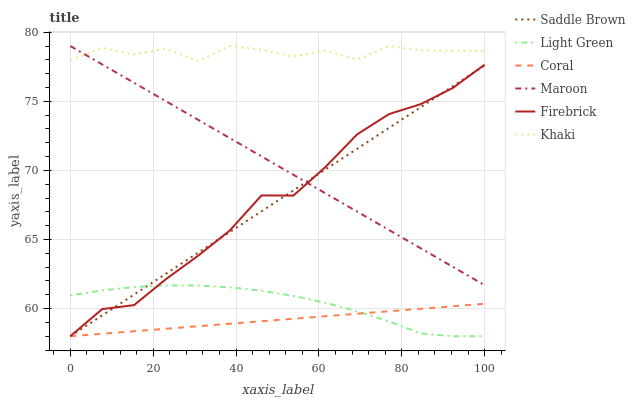
| xaxis_label | Saddle Brown | Light Green | Coral | Maroon | Firebrick | Khaki |
 | --- | --- | --- | --- | --- | --- | --- |
 | 0 | 58 | 61 | 58 | 79 | 58 | 78 |
 | 7.69 | 59.5 | 61.3 | 58.2 | 77.7 | 60 | 78.9 |
 | 15.4 | 61 | 61.6 | 58.4 | 76.3 | 60.3 | 78.4 |
 | 23.1 | 62.5 | 61.7 | 58.5 | 75 | 62.1 | 78.8 |
 | 30.8 | 64 | 61.7 | 58.7 | 73.7 | 63.8 | 77.9 |
 | 38.5 | 65.5 | 61.5 | 58.9 | 72.3 | 65.6 | 79 |
 | 46.2 | 67 | 61.3 | 59.1 | 71 | 68.2 | 78.7 |
 | 53.8 | 68.6 | 60.9 | 59.3 | 69.7 | 68.2 | 78.2 |
 | 61.5 | 70.1 | 60.4 | 59.4 | 68.4 | 70.2 | 78.7 |
 | 69.2 | 71.6 | 59.8 | 59.6 | 67 | 72.6 | 78 |
 | 76.9 | 73.1 | 59.1 | 59.8 | 65.7 | 74.1 | 79 |
 | 84.6 | 74.6 | 58.2 | 60 | 64.4 | 74.8 | 78.7 |
 | 92.3 | 76.1 | 58 | 60.2 | 63 | 76 | 78.7 |
 | 100 | 77.6 | 58 | 60.4 | 61.7 | 77.6 | 78.6 |